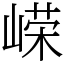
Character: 嵘